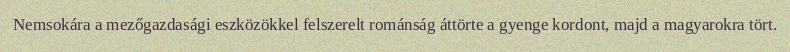
Nemsokára a mezőgazdasági eszközökkel felszerelt románság áttörte a gyenge kordont, majd a magyarokra tört.